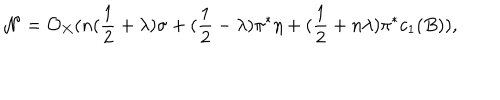
{ \cal N } = { \cal O } _ { X } ( n ( \frac { 1 } { 2 } + \lambda ) \sigma + ( \frac { 1 } { 2 } - \lambda ) \pi ^ { * } \eta + ( \frac { 1 } { 2 } + n \lambda ) \pi ^ { * } c _ { 1 } ( B ) ) ,